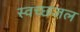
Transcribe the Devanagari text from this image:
स्वच्छजल